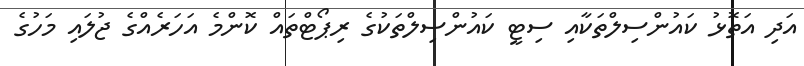
އަދި އަތޮޅު ކައުންސިލްތަކާއި ސިޓީ ކައުންސިލްތަކުގެ ރިޕޯޓްތައް ކޮންމެ އަހަރެއްގެ ޖުލައި މަހުގެ